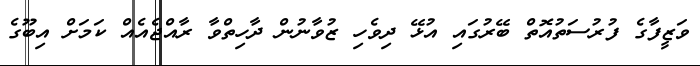
ވަޒީފާގެ ފުރުސަތުއޮތް ބޭރުގައި އުޅޭ ދިވެހި ޒުވާނުން ދާހިތްވާ ރާއްޖެއެއް ކަމަށް އިބޫގެ